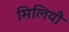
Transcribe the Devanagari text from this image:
मिलियौ